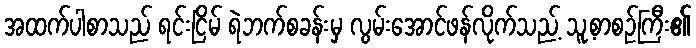
အထက်ပါစာသည် ရင်းငြိမ် ရဲဘက်စခန်းမှ လွမ်းအောင်ဖန်လိုက်သည့် သူ့စာစဉ်ကြီး၏